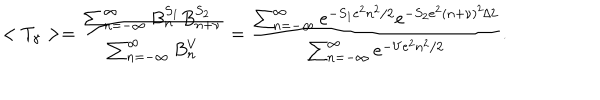
LaTeX: < T _ { \gamma } > = \frac { \sum _ { n = - \infty } ^ { \infty } B _ { n } ^ { S _ { 1 } } B _ { n + \nu } ^ { S _ { 2 } } } { \sum _ { n = - \infty } ^ { \infty } B _ { n } ^ { V } } = \frac { \sum _ { n = - \infty } ^ { \infty } e ^ { - S _ { 1 } e ^ { 2 } n ^ { 2 } / 2 } e ^ { - S _ { 2 } e ^ { 2 } ( n + \nu ) ^ { 2 } / 2 } } { \sum _ { n = - \infty } ^ { \infty } e ^ { - V e ^ { 2 } n ^ { 2 } / 2 } } .